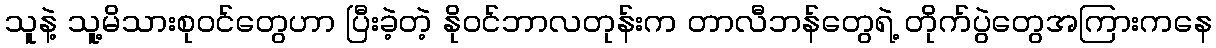
သူနဲ့ သူ့မိသားစုဝင်တွေဟာ ပြီးခဲ့တဲ့ နိုဝင်ဘာလတုန်းက တာလီဘန်တွေရဲ့ တိုက်ပွဲတွေအကြားကနေ